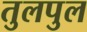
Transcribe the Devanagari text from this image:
तुलपुल